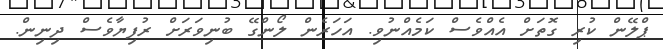
ޕްލޭން ކުރި ގޮތަށް އެއްވެސް ކަމެއްނުވި. އަހަރެން ލޯންގޭ ބުނިވަރަށް ރުފިޔާވެސް ދިނިން.